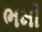
ભમી